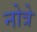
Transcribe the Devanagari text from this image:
नोत्रे